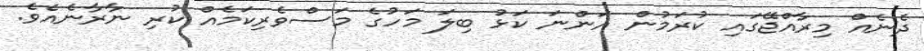
ދެނެއް މިރާއްޖޭގައި ކުރަމުން އަންނަ ކަޅު ބިލަ މަހުގެ މަސްވެރިކަމެއް ކުރި ނާރާނެއެވެ.